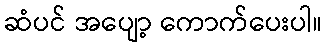
ဆံပင် အပျော့ ကောက်ပေးပါ။